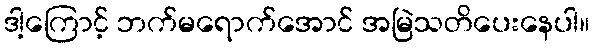
ဒါ့ကြောင့် ဘက်မရောက်အောင် အမြဲသတိပေးနေပါ။